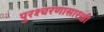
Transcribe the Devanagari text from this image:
पुरश्चरणासारखी